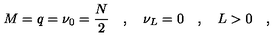
M = q = \nu _ { 0 } = \frac { N } { 2 } \quad , \quad \nu _ { L } = 0 \quad , \quad L > 0 \quad ,